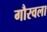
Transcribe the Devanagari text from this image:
गौरवला